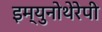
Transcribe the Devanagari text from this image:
इम्युनोथेरेपी